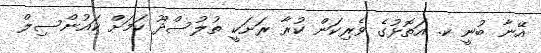
އޭނާ ބުނީ ކ. އަތޮޅުގެ ވެރިކަން ކުރާ ރަށަކީ ތުލުސްދޫ ކަމަށް ކައުންސިލް